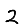
Digit: 2